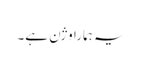
یہ ہمارا وژن ہے۔